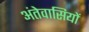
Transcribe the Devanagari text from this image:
अंतेवासियों